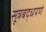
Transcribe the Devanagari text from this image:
सूत्रबद्धपणे